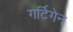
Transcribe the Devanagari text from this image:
गर्टिगेन